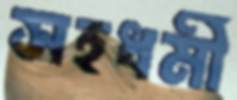
সহধর্মী